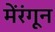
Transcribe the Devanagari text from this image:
मेंरंगून